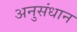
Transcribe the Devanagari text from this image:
अनुसंधान